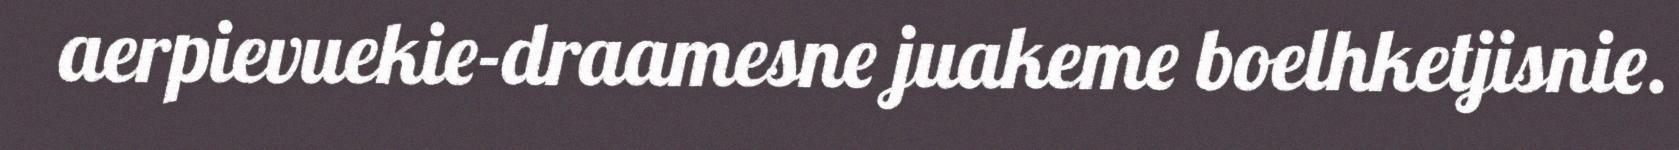
aerpievuekie-draamesne juakeme boelhketjisnie.